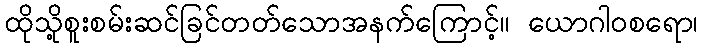
ထိုသို့စူးစမ်းဆင်ခြင်တတ်သောအနက်ကြောင့်။ ယောဂါဝစရော၊